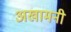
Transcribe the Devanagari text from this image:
अखामनी